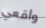
واقعي